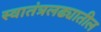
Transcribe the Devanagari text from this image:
स्वातंत्रलढ्यातील